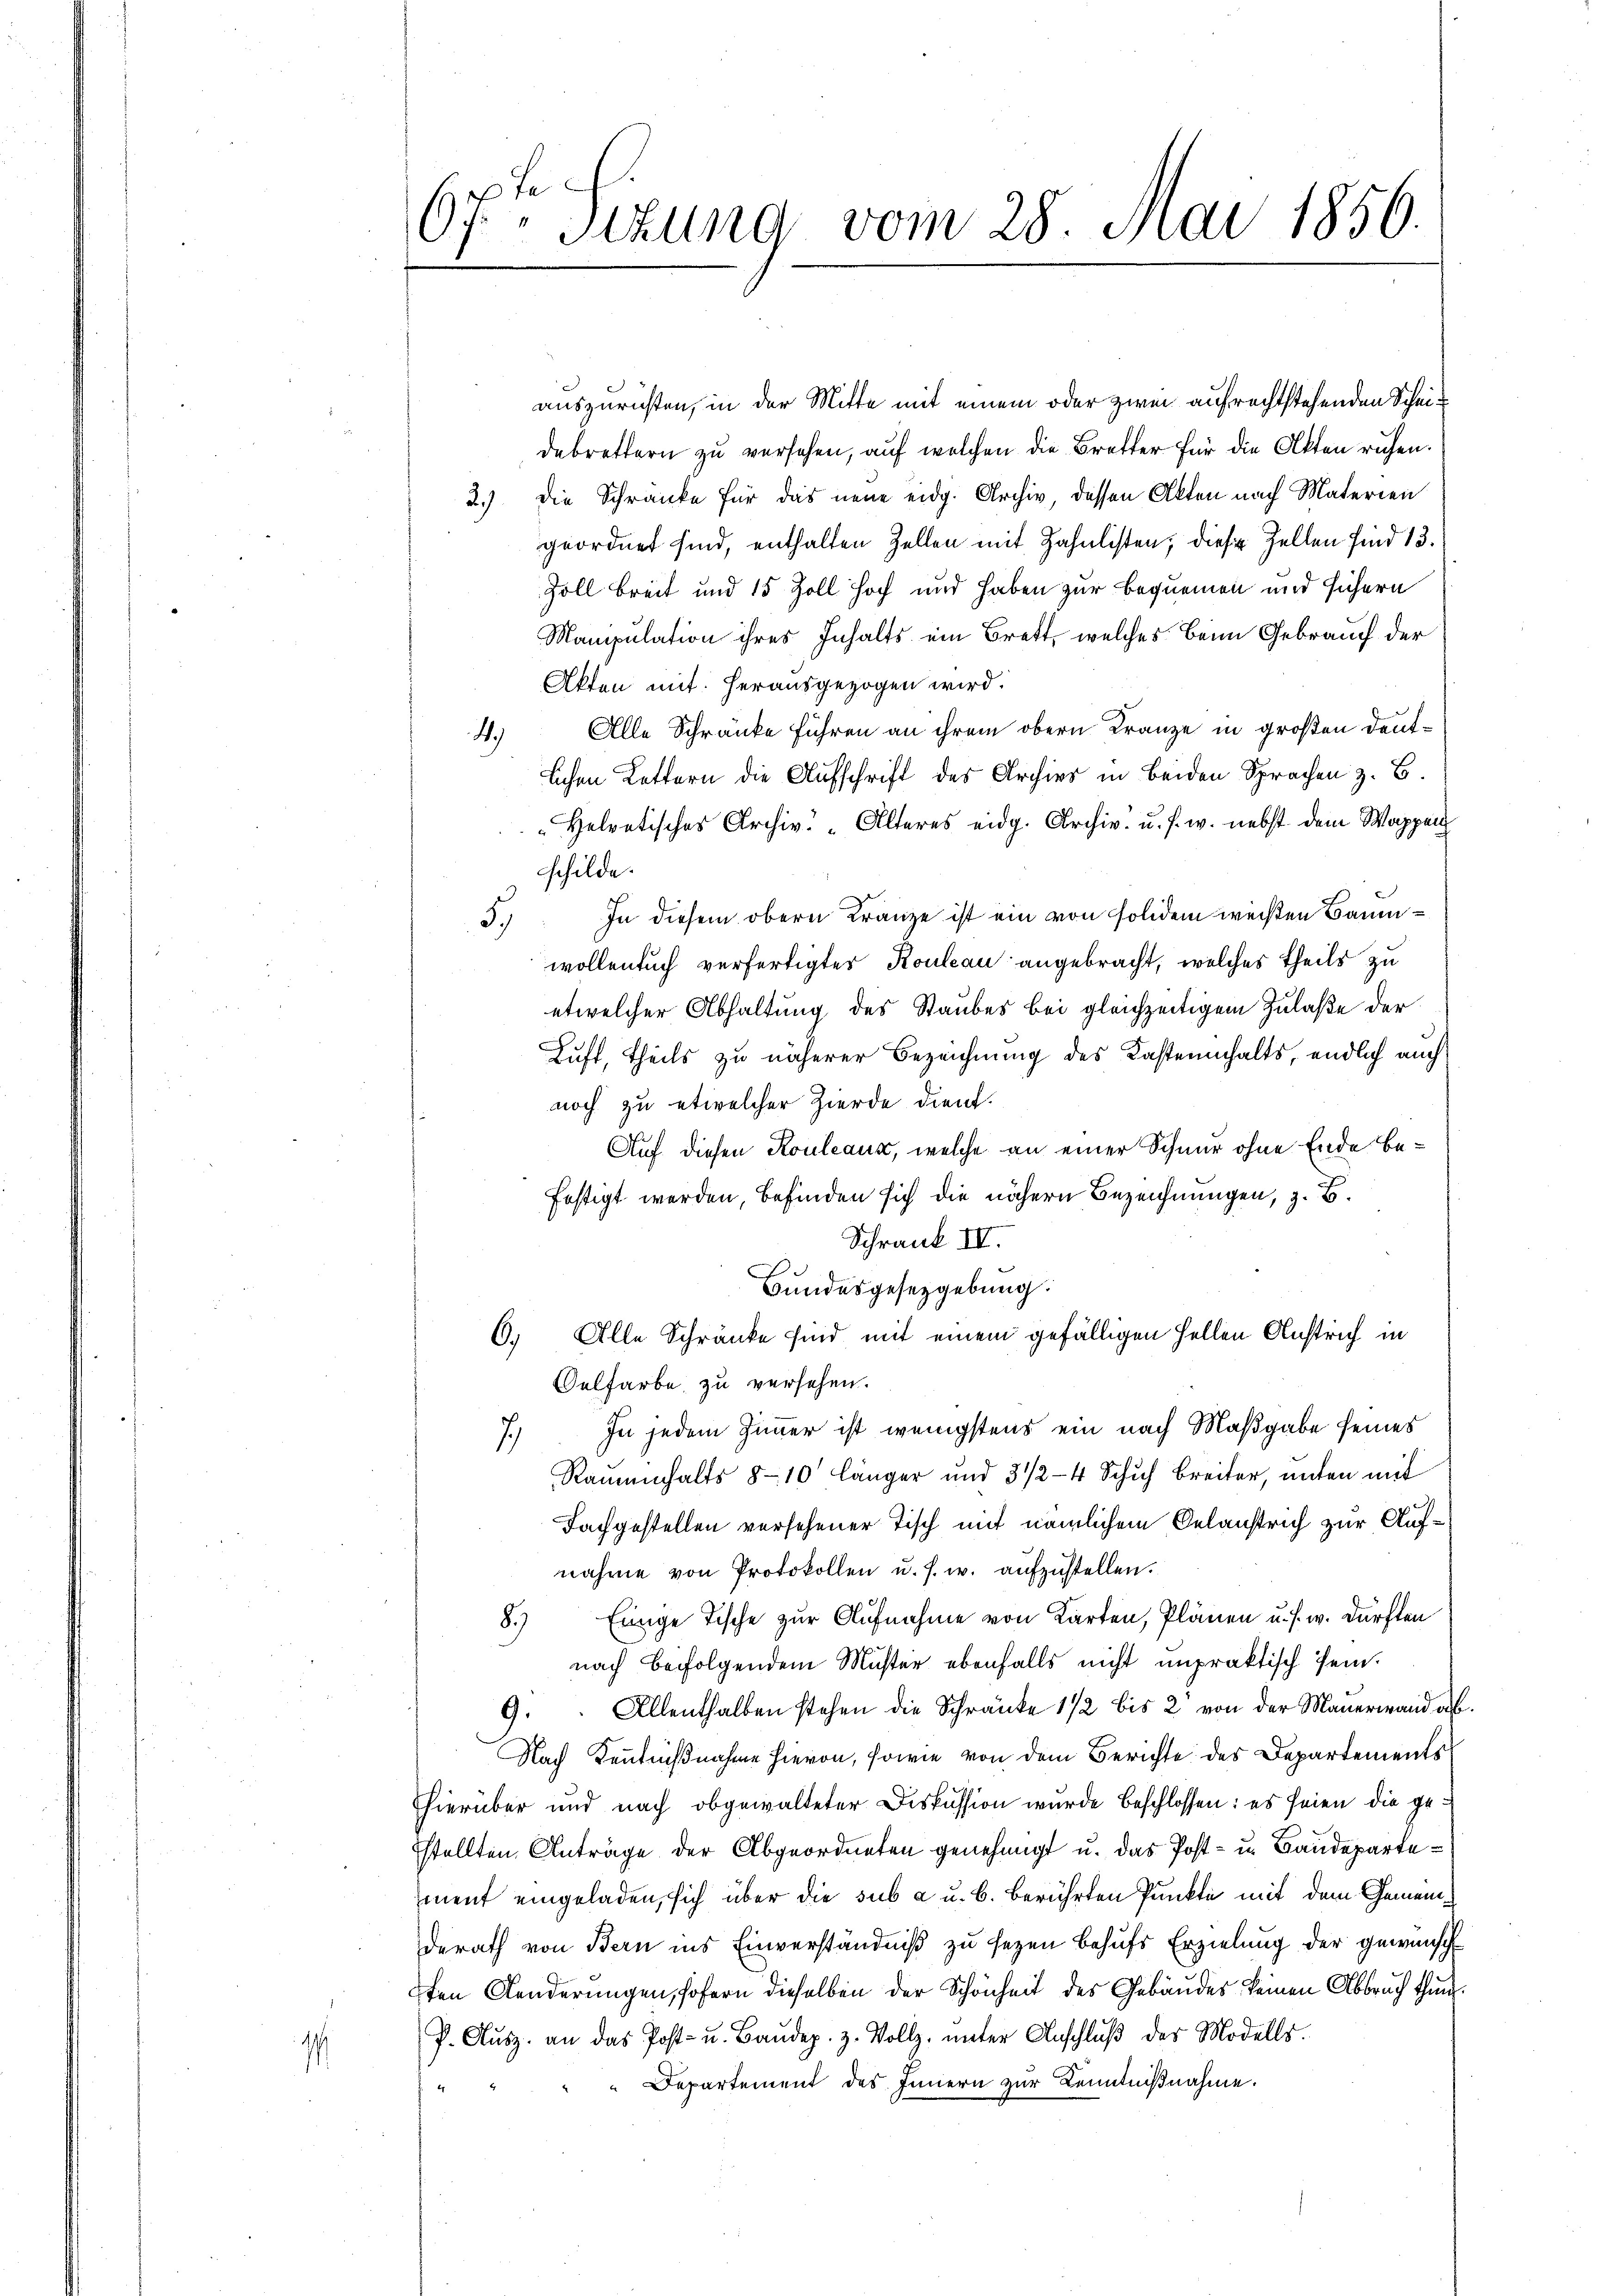
1

6sten Sizung vom 28. Mai 1856.

auszurichten, in der Mitte mit einem oder zwei aufrechtstehenden Scheidebrettern zu versehen, auf welchen die Bretter für die Akten ruhen.
2.) Die Schranke für das neue eidg. Archiv dessen Akten nach Materien
geordnet sind, enthalten Zellen mit Jahnlisten; diese Zellen sind 13.
Zoll breit und 15 Zoll hoch und haben zur Bequemen und sichern
Manipulation ihres Inhalts ein Brett, welches Beim Gebrauch der
Akten mit herausgezogen wird.
4.) Alle Schränke führen an ihrem obern Franze in großen Deutlchen Kettern die Aufschrift des Archivs in beiden Sprachen z. B
Helvetisches Archiv. " Alteres eidg. Archiv. u. s. w. nebst dem Wappen
schilde.
3.) In diesem obern Kranze ist ein von solidem weißen Baumwollenbuch verfertigter Kouleau angebracht, welches theils zu
etwelcher Abhaltung des Staubes bei gleichzeitigem Zulaße der
Luft, theils zu näherer Bezeichnung des Kasteninhalts, endlich auch
noch zu etwelcher Zierde dient.
Auf diesen Kouleaux, welche an einer Schnur ohne Ende befestigt werden, befinden sich die nähern Bezeichnungen, z. B.
Schrank IV.
Bundesgesetzgebung.
6.) Alle Schränke sind mit einem gefälligen Hellen Anstrich in
Oelfarbe zu versehen.
7.) In jedem Zimmer ist wenigstens ein nach Maßgabe seines
Rammenhalts 8-10 länger und 3 1/2–4 Schuh breiter, unten mit
Fachgestellen versehener Tisch mit nämlichem Gelanstrich zur Aufnahme von Protokollen u. s. w. aŭfzŭstellen.
8.) Einige Tische zur Aufnahme von Karten, Plänen u. s. w. Dürften
nach befolgendem Muster ebenfalls nicht impraktisch sein.
9. Allenthalben stehen die Schränke 1/2 bis 2 von der Mauerwand a
Nach Kenntnißnahme hievon, sowie von dem Berichte des Departements
hierüber und nach obgewalteter Diskussion wurde beschlossen: es seien die gesstellten Anträge der Abgeordneten genehmigt u. das Post- u. Baudepartement eingeladen, sich über die sub a u. b. berührten Punkte mit dem Gemeinderath von Bern ins Einverständniß zu sezen behufs Erzielung der gewünsch
ten Känderungen, sofern dieselben der Schönheit des Gebäudes keinen Abbruch thun
P. Aŭsz. an das Post- u. Baŭdep. z. Vollz, unter Anschlŭβ des Modells.
Departement des Innern zur Kenntnißnahme.